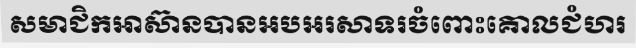
សមាជិកអាស៊ានបានអបអរសាទរចំពោះគោលជំហរ